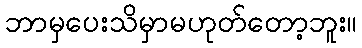
ဘာမှပေးသိမှာမဟုတ်တော့ဘူး။